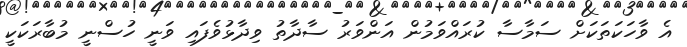
އެ ވާހަކަތަކަށް ސަމާސާ ކުރައްވަމުން އަންވަރު ސާދާތު ވިދާޅުވެފައި ވަނީ ހުސްނީ މުބާރަކަކީ